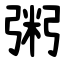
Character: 粥